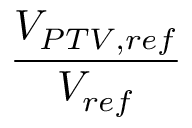
\frac { V _ { P T V , r e f } } { V _ { r e f } }